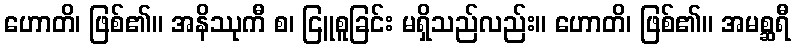
ဟောတိ၊ ဖြစ်၏။ အနိဿုကီ စ၊ ငြူစူခြင်း မရှိသည်လည်း။ ဟောတိ၊ ဖြစ်၏။ အမစ္ဆရီ